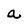
Character: a